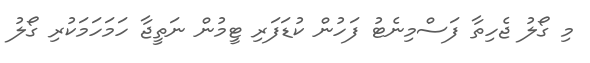
މި ގޯލު ޖެހިތާ ފަސްމިނެޓު ފަހުން ކުޑަފަރި ޓީމުން ނަތީޖާ ހަމަހަމަކުރި ގޯލު